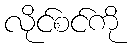
လိုင်စင်ကို